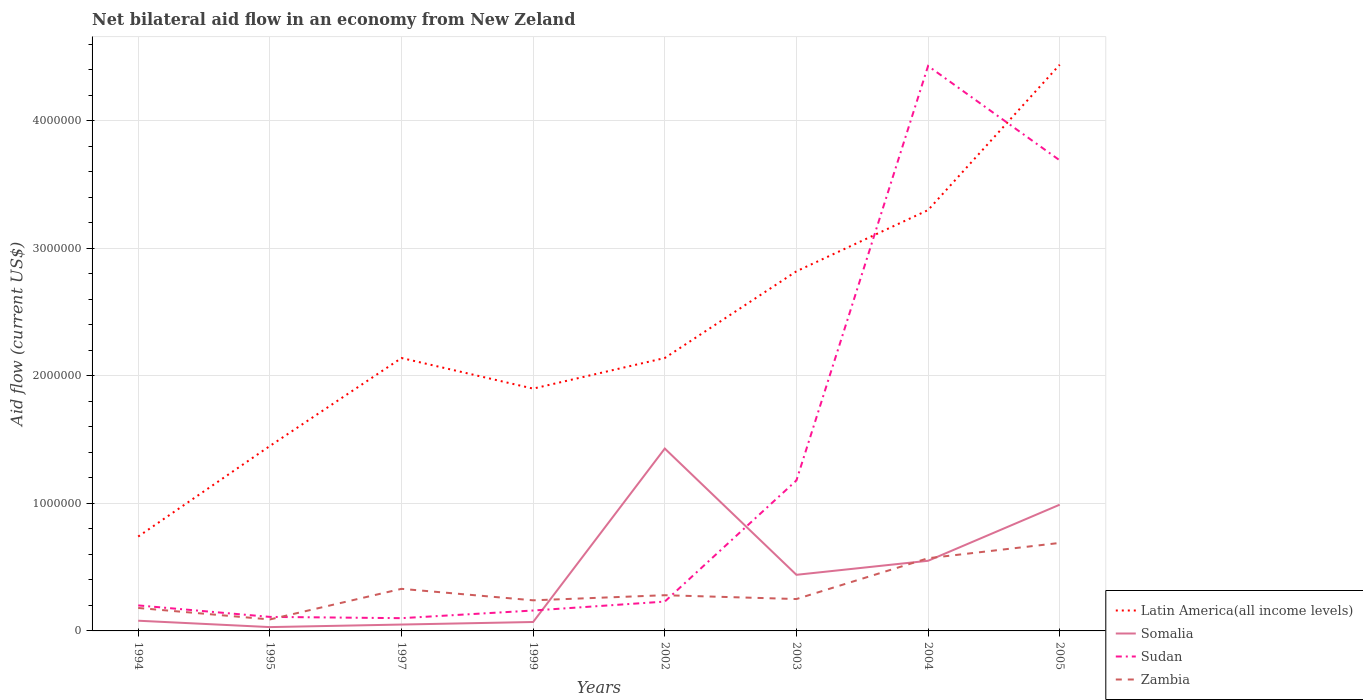
| Years | Latin America(all income levels) | Somalia | Sudan | Zambia |
 | --- | --- | --- | --- | --- |
 | 1994 | 7.4e+05 | 8e+04 | 2e+05 | 1.8e+05 |
 | 1995 | 1.45e+06 | 3e+04 | 1.1e+05 | 9e+04 |
 | 1997 | 2.14e+06 | 5e+04 | 1e+05 | 3.3e+05 |
 | 1999 | 1.9e+06 | 7e+04 | 1.6e+05 | 2.4e+05 |
 | 2002 | 2.14e+06 | 1.43e+06 | 2.3e+05 | 2.8e+05 |
 | 2003 | 2.82e+06 | 4.4e+05 | 1.18e+06 | 2.5e+05 |
 | 2004 | 3.3e+06 | 5.5e+05 | 4.43e+06 | 5.7e+05 |
 | 2005 | 4.44e+06 | 9.9e+05 | 3.69e+06 | 6.9e+05 |